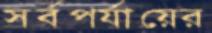
সর্বপর্যায়ের